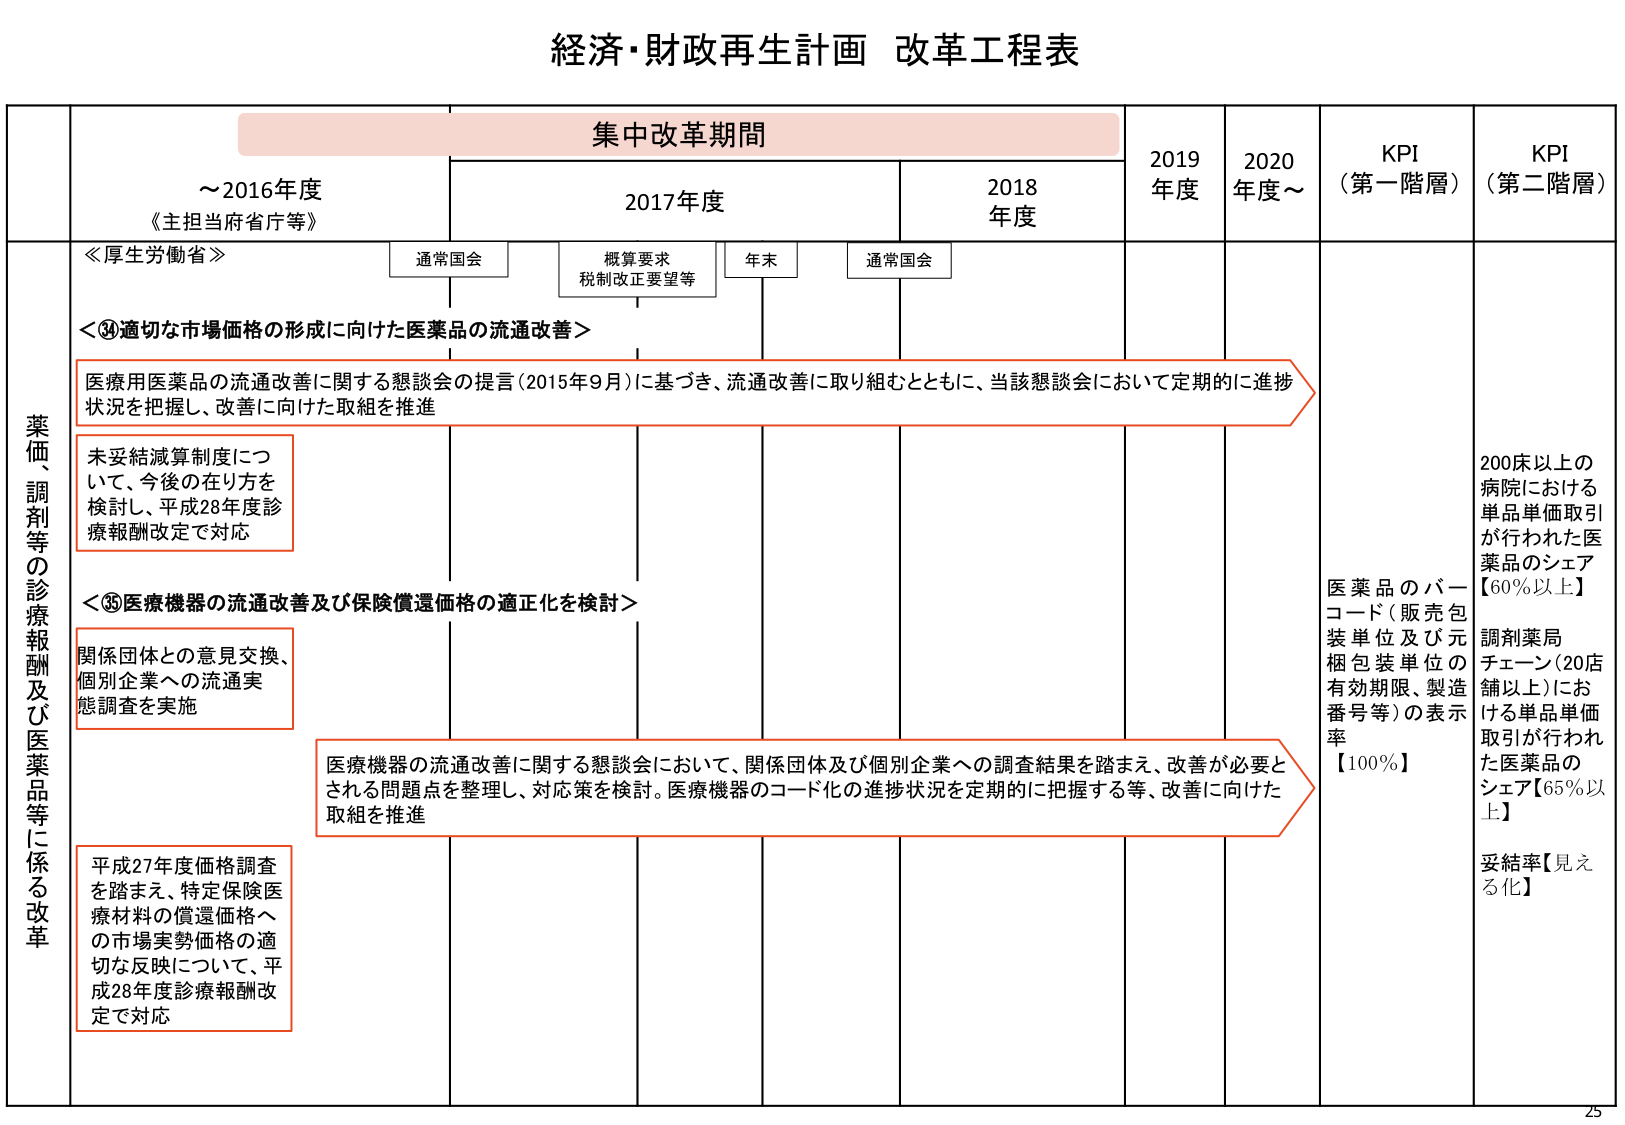
経済・財政再生計画 改革工程表

集中改革期間
～2016年度
《主担当府省庁等》
2017年度
2018年度
2019年度
2020年度～

≪厚生労働省≫
通常国会
概算要求
税制改正要望等
年末
通常国会

薬価、調剤等の診療報酬及び医薬品等に係る改革

＜④適切な市場価格の形成に向けた医薬品の流通改善＞
医療用医薬品の流通改善に関する懇談会の提言（2015年9月）に基づき、流通改善に取り組むとともに、当該懇談会において定期的に進捗状況を把握し、改善に向けた取組を推進

未妥結減算制度について、今後の在り方を検討し、平成28年度診療報酬改定で対応

＜⑤医療機器の流通改善及び保険償還価格の適正化を検討＞
関係団体との意見交換、個別企業への流通実態調査を実施

医療機器の流通改善に関する懇談会において、関係団体及び個別企業への調査結果を踏まえ、改善が必要とされる問題点を整理し、対応策を検討。医療機器のコード化の進捗状況を定期的に把握する等、改善に向けた取組を推進

平成27年度価格調査を踏まえ、特定保険医療材料の償還価格への市場実勢価格の適切な反映について、平成28年度診療報酬改定で対応

KPI（第一階層）
医薬品のバーコード（販売包装単位及び元梱包装単位の有効期限、製造番号等）の表示率【100％】

KPI（第二階層）
200床以上の病院における単品単価取引が行われた医薬品のシェア【60％以上】
調剤薬局チェーン（20店舗以上）における単品単価取引が行われた医薬品のシェア【65％以上】
妥結率【見える化】

25